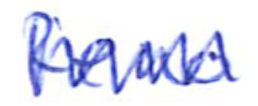
Text: Reno
Cross-out: zig-zag
Writing tool: ballpoint